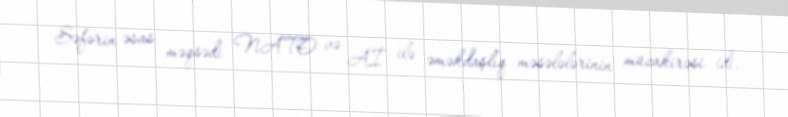
Səfərin əsas məqsədi NATO və Aİ ilə əməkdaşlıq məsələlərinin müzakirəsi idi.